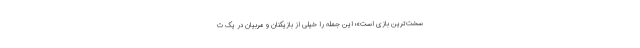
سخت‌ترین بازی است»؛ این جمله را خیلی از بازیکنان و مربیان در یک ت